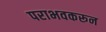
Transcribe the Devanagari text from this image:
पराभवकरून